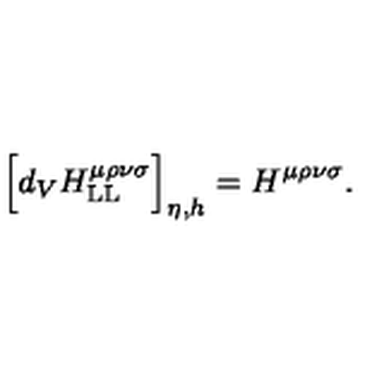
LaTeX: \Big [ d _ { V } H _ { \mathrm { L L } } ^ { \mu \rho \nu \sigma } \Big ] _ { \eta , h } = H ^ { \mu \rho \nu \sigma } .